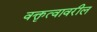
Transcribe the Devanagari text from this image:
वक्तृत्वावरील